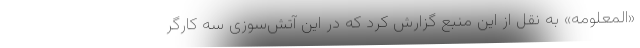
«المعلومه» به نقل از این منبع گزارش کرد که در این آتش‌سوزی سه کارگر